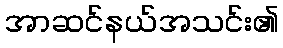
အာဆင်နယ်အသင်း၏